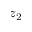
z _ { 2 }